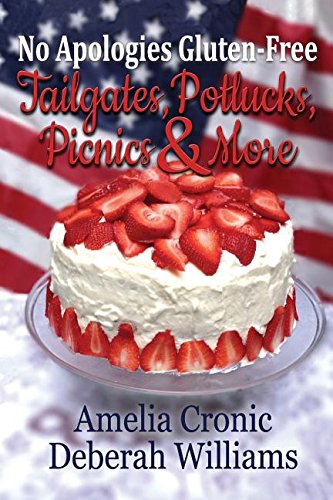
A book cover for No Apologies Gluten-Free: Tailgates, Potlucks, Picnics & More; Amelia Cronic; Cookbooks, Food & Wine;